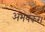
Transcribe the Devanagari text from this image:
अभयंकर।